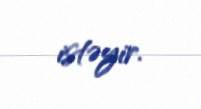
istəyir.